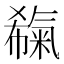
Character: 𣱬